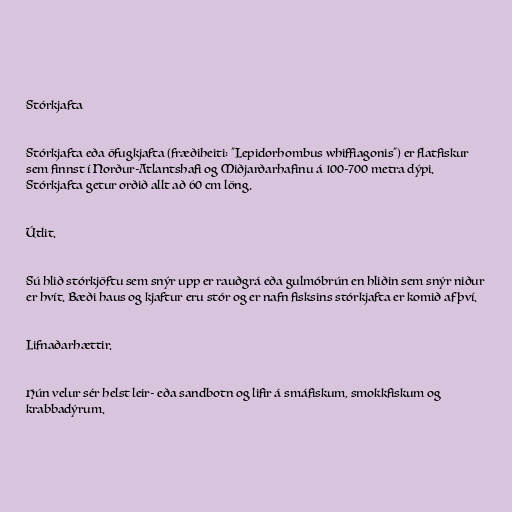
Stórkjafta

Stórkjafta eða öfugkjafta (fræðiheiti: "Lepidorhombus whiffiagonis") er flatfiskur
sem finnst í Norður-Atlantshafi og Miðjarðarhafinu á 100-700 metra dýpi.
Stórkjafta getur orðið allt að 60 cm löng.

Útlit.

Sú hlið stórkjöftu sem snýr upp er rauðgrá eða gulmóbrún en hliðin sem snýr niður
er hvít. Bæði haus og kjaftur eru stór og er nafn fisksins stórkjafta er komið af því.

Lifnaðarhættir.

Hún velur sér helst leir- eða sandbotn og lifir á smáfiskum, smokkfiskum og
krabbadýrum.